Scottish Certificate of Education, 1963
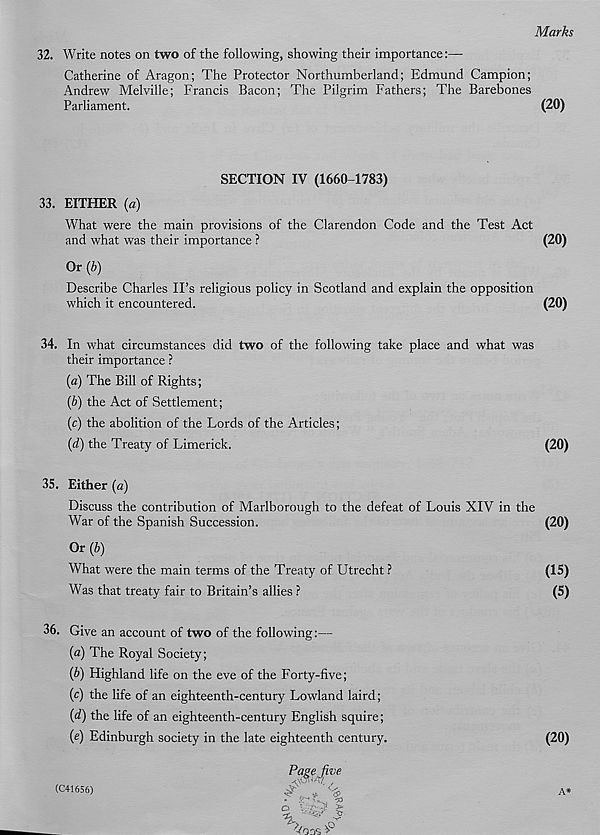
Marks
32. Write notes on two of the following, showing their importance:—
Catherine of Aragon; The Protector Northumberland; Edmund Campion;
Andrew Melville; Francis Bacon; The Pilgrim Fathers; The Barebones
Parliament.
(20)
SECTION IV (1660-1783)
33. EITHER (a)
What were the main provisions of the Clarendon Code and the Test Act
and what was their importance ?
(20)
Or (b)
Describe Charles IPs religious policy in Scotland and explain the opposition
which it encountered.
(20)
34. In what circumstances did two of the following take place and what was
their importance ?
(a)
The Bill of Rights;
{b) the Act of Settlement;
(c) the abolition of the Lords of the Articles;
(d) the Treaty of Limerick.
(20)
35. Either (a)
Discuss the contribution of Marlborough to the defeat of Louis XIV in the
War of the Spanish Succession.
(20)
Or(b)
What were the main terms of the Treaty of Utrecht ?
(15)
Was that treaty fair to Britain’s allies ?
(5)
36. Give an account of two of the following:—
{a) The Royal Society;
(b) Highland life on the eve of the Forty-five;
(c) the life of an eighteenth-century Lowland laird;
(d) the life of an eighteenth-century English squire;
(e) Edinburgh society in the late eighteenth century.
Page five
■?>
(20)
A*
(C41656)